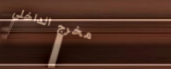
مخرج الداخلي